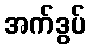
အက်ဒွပ်